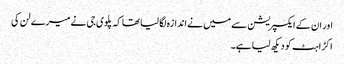
اور ان کے ایکسپریشن سے میں نے اندازہ لگا لیا تھا کہ پلوی جی نے میرے لن کی
اکڑاہٹ کو دیکھ لیا ہے۔